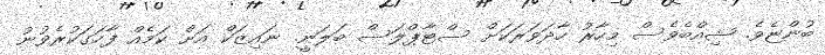
ބުންޏެވެ. ޝިއްބެވެސް މިހާރު ހާދަވަރަކަށް ސްޓާޕްލަސް ބަލަނީ. ނައިޒަކް އަށް ކަމެއް ފާހަގަކުރެވުނު